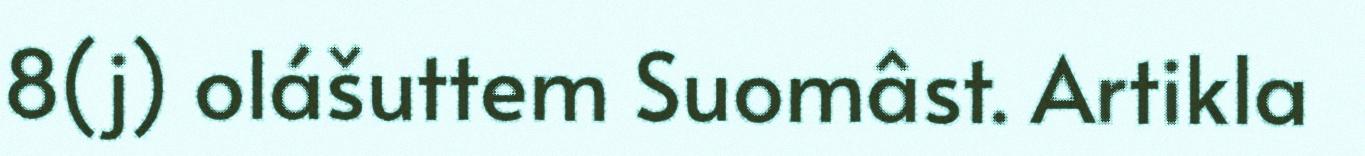
8(j) olášuttem Suomâst. Artikla